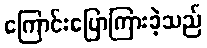
ကြောင်းပြောကြားခဲ့သည်